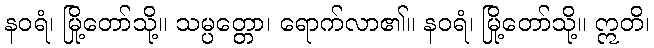
နဝရံ၊ မြို့တော်သို့။ သမ္ပတ္တော၊ ရောက်လာ၏။ နဝရံ၊ မြို့တော်သို့။ ဣတိ၊